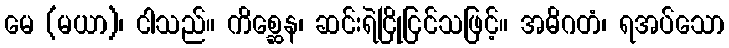
မေ (မယာ)၊ ငါသည်။ ကိစ္ဆေန၊ ဆင်းရဲငြိုငြင်သဖြင့်။ အဓိဂတံ၊ ရအပ်သော